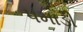
પમાડી